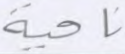
ناحية